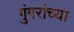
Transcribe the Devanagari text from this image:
गुंगरांच्या